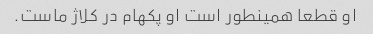
او قطعا همینطور است او پکهام در کلاژ ماست.